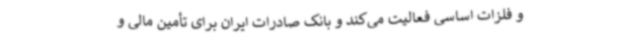
و فلزات اساسی فعالیت می‌کند و بانک صادرات ایران برای تأمین مالی و